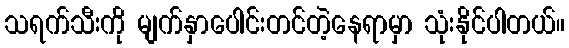
သရက်သီးကို မျက်နှာပေါင်းတင်တဲ့နေရာမှာ သုံးနိုင်ပါတယ်။